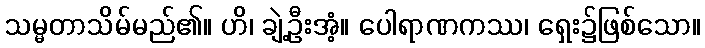
သမ္မတာသိမ်မည်၏။ ဟိ၊ ချဲ့ဦးအံ့။ ပေါရာဏကဿ၊ ရှေး၌ဖြစ်သော။